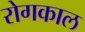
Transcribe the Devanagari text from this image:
रोगकाल